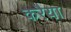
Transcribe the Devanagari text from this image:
करैया